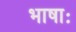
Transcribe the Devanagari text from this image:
भाषाः